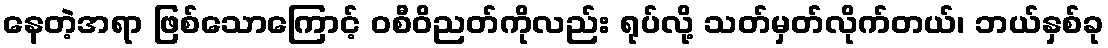
နေတဲ့အရာ ဖြစ်သောကြောင့် ဝစီဝိညတ်ကိုလည်း ရုပ်လို့ သတ်မှတ်လိုက်တယ်၊ ဘယ်နှစ်ခု